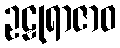
ဥဠုရာဇာဝ